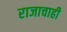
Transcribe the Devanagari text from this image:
राजाचाही